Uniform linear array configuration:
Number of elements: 48
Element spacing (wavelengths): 1
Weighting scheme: kaiser
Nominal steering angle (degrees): -45
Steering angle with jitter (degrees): -44.767
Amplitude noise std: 0.05
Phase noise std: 0.05

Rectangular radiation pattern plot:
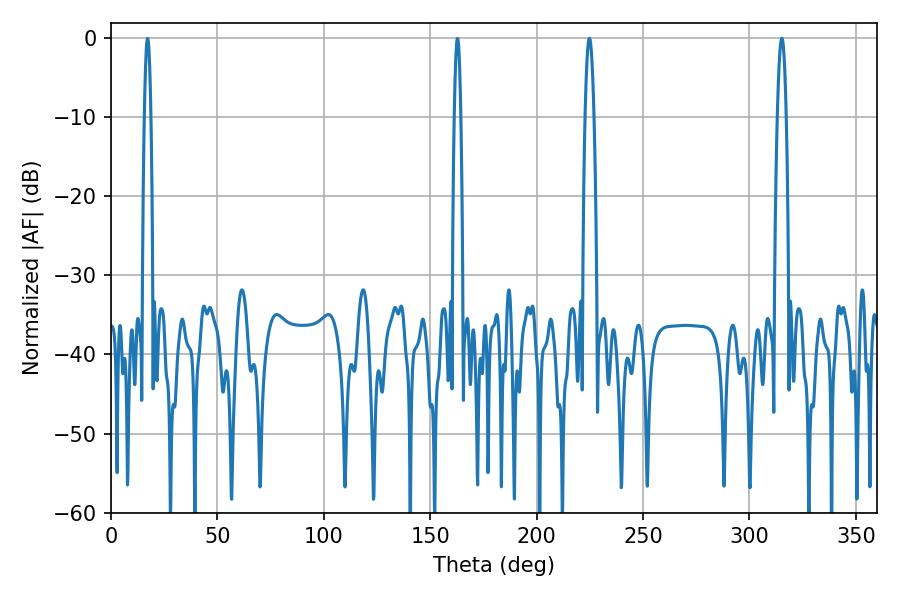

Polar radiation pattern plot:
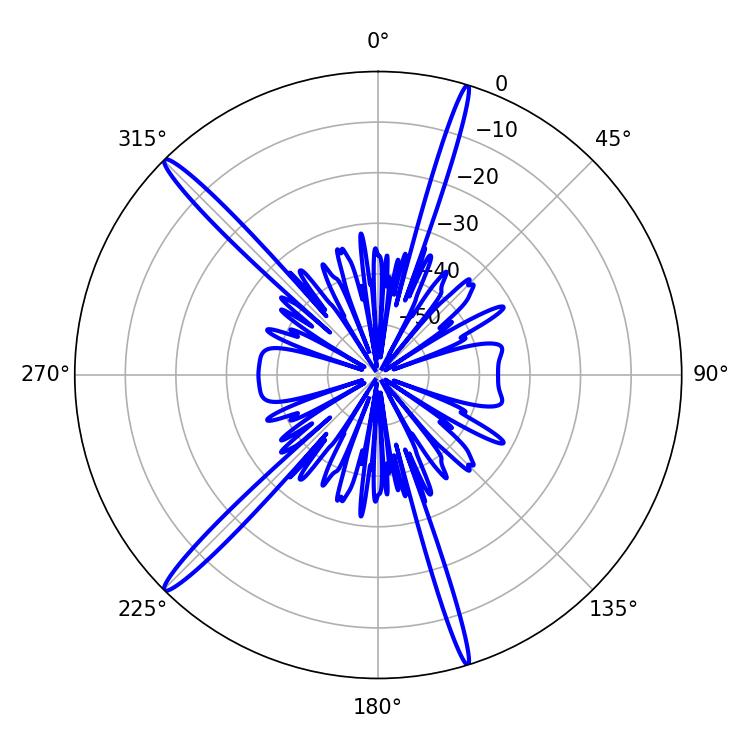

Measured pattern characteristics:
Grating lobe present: TRUE
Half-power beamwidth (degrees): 2.16
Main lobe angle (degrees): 224.82